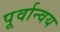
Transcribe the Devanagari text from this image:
पूर्वान्वय